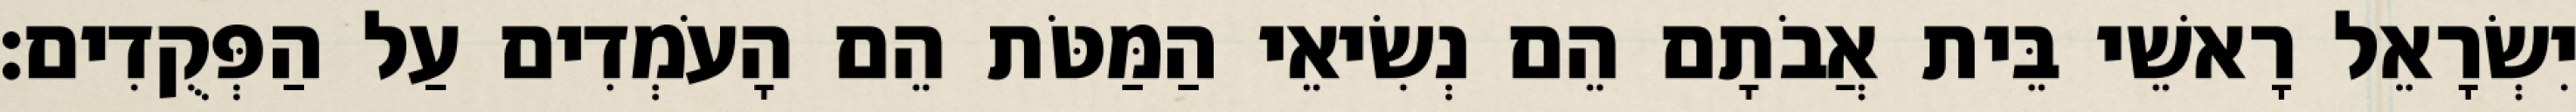
יִשְׂרָאֵל רָאשֵׁי בֵּית אֲבֹתָם הֵם נְשִׂיאֵי הַמַּטֹּת הֵם הָעֹמְדִים עַל הַפְּקֻדִים׃